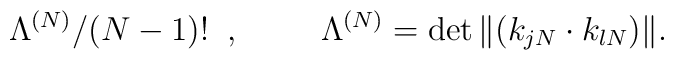
\Lambda^{(N)}/(N-1)! \;\; , \hspace{10mm}\Lambda^{(N)}=\det\|(k_{jN}\cdot k_{lN})\| .